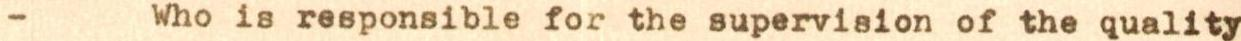
- Who is responsible for the supervision of the quality